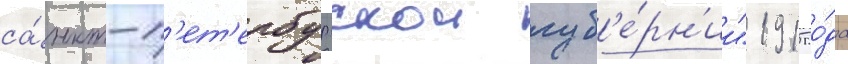
са́нкт-п'ет'ербургскои губ'е́рн'ии" 1915 го́да